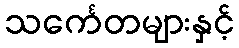
သင်္ကေတများနှင့်